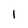
Character: 1